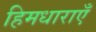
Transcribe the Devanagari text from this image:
हिमधाराएँ